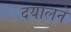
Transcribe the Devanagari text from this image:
दयालने